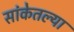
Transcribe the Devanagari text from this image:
सांकेतल्या